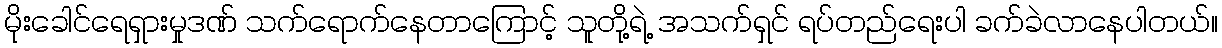
မိုးခေါင်ရေရှားမှုဒဏ် သက်ရောက်နေတာကြောင့် သူတို့ရဲ့ အသက်ရှင် ရပ်တည်ရေးပါ ခက်ခဲလာနေပါတယ်။